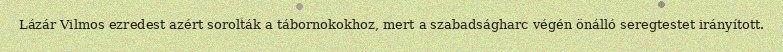
Lázár Vilmos ezredest azért sorolták a tábornokokhoz, mert a szabadságharc végén önálló seregtestet irányított.